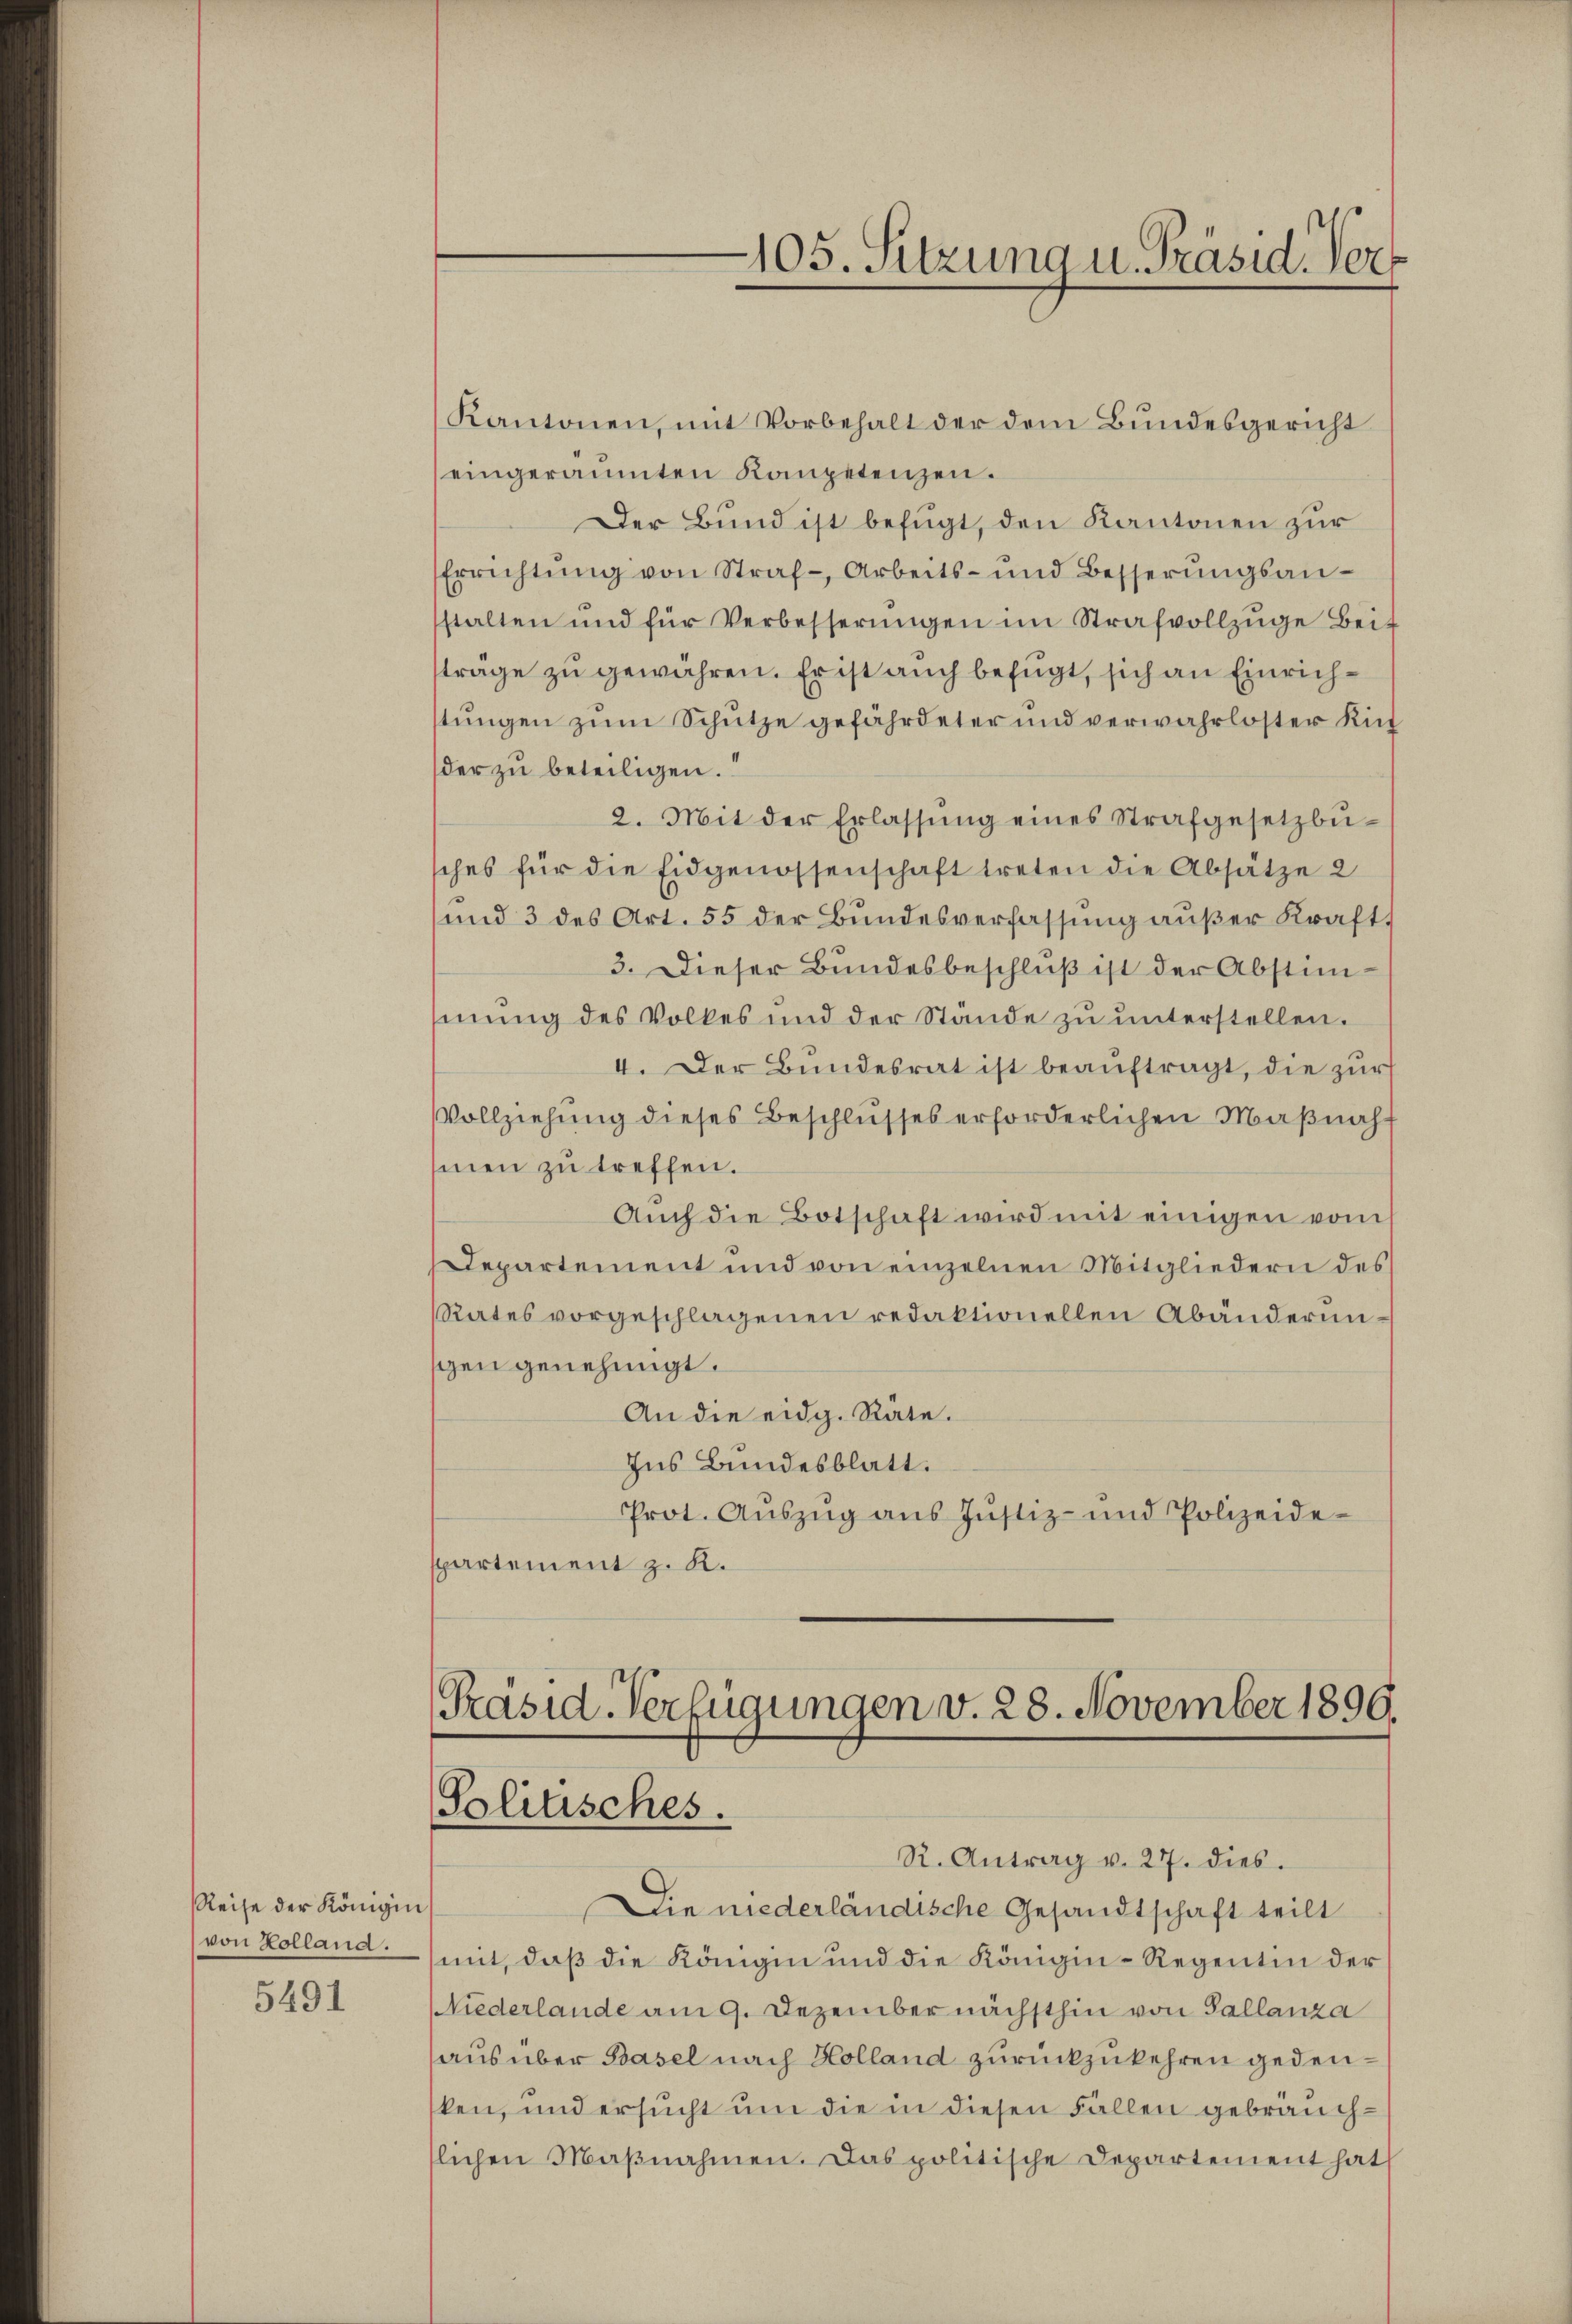
Reise der Königin
von Kolland.
5491

105. Sitzung u. Präsid. Ver

Kantonen, mit Vorbehalt der dem Bundesgericht
eingeräumten Kompetenzen.
Der Bund ist befugt, den Kantonen zur
Errichtŭng von Straf- Arbeits- und Besserŭngsanstalten und für Verbesserŭngen im Strafvollzŭge Bei-
sträge zu gewähren. Er ist auch befugt, sich an Einrichstungen zum Schütze gefährdeter und verwahrloster Kind
der zu beteiligen.
2. Mit der Erlassŭng eines Strafgesetzbusches für die Eidgenossenschaft treten die Absätze 2
und 3 des Art. 55 der Bundesverfassung außer Kraft,
3. Dieser Bundesbeschluß ist der Abstimmung des Volkes und der Stande zu unterstellen.
4. Der Bundesrat ist beaŭftragt, die zŭr
VVollziehung dieses Beschlusses erforderlichen Maßnahmen zu treffen.
Auch die Botschaft wird mit einigen vom
Departement und von einzelnen Mitgliedern des
Rates vorgeschlagenen redaktionellen Abänderun
gen genehmigt.
An die eidg. Rate.
Ins Bundesblatt.
Prot. Aŭszŭg ans Justiz- und Polizeidespartement z. K.

Prasid-Verfügungen v. 28. November 1890.
Politisches.
R. Antrag v. 27. dies.

Die niederländische Gesandtschaft teilt
mit, daß die Königin und die Königin-Regentin der
Niederlande am 9. Dezember nächsthin von Pallanza
aus über Basel nach Kolland zurückzukehren gedeuken, und ersucht um die in diesen Fällen gebräuchlichen Maβnahmen. Das politische Departement hat